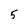
Character: 5